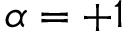
\alpha = + 1